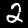
Digit: 2